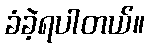
ခံခဲ့ရပါတယ်။